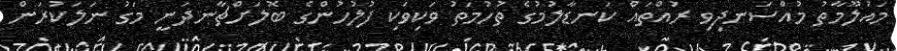
މައުލޫމާތު މުއްސަނދިވި ރުއްތައް ކަނޑާލުމުގެ ތުހުމަތު ވަކިވަކި ފުލުހުންގެ ބޮލަށްޗާނދަނީ މަގު ނަލަކުރަން